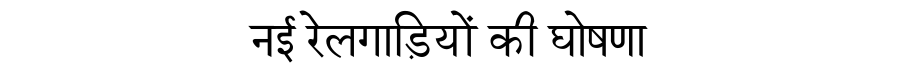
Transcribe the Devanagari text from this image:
नई रेलगाड़ियों की घोषणा